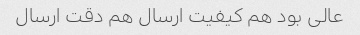
عالی بود هم کیفیت ارسال هم دقت ارسال